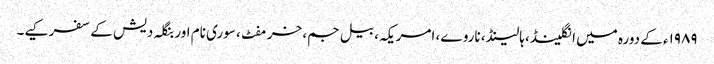
۱۹۸۹ء کے دورہ میں انگلینڈ، ہالینڈ، ناروے، امریکہ، بیل جم، خرمفٹ، سوری نام اور بنگلہ دیش کے سفر کیے۔